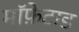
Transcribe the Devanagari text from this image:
मॉफ़ेटाड